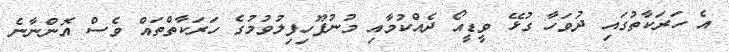
އެ ހަރަކާތުގައި ދުވަހާ ގުޅޭ ވީޑީއޯ ދެއްކުމާއި މުނުފޫހިފިލުވުމުގެ ހަރަކާތްތައް ވެސް އޮންނާނެ